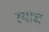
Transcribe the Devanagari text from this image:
रयाच